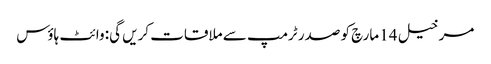
مرخیل 14 مارچ کو صدر ٹرمپ سے ملاقات کریں گی: وائٹ ہاؤس